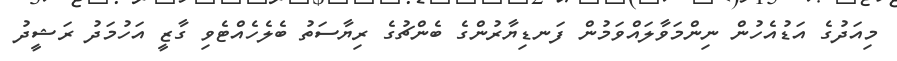
މިއަދުގެ އަޑުއެހުން ނިންމަވާލައްވަމުން ފަނޑިޔާރުންގެ ބެންޗުގެ ރިޔާސަތު ބެލެހެއްޓެވި ގާޒީ އަހުމަދު ރަޝީދު